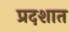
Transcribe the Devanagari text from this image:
प्रदशात